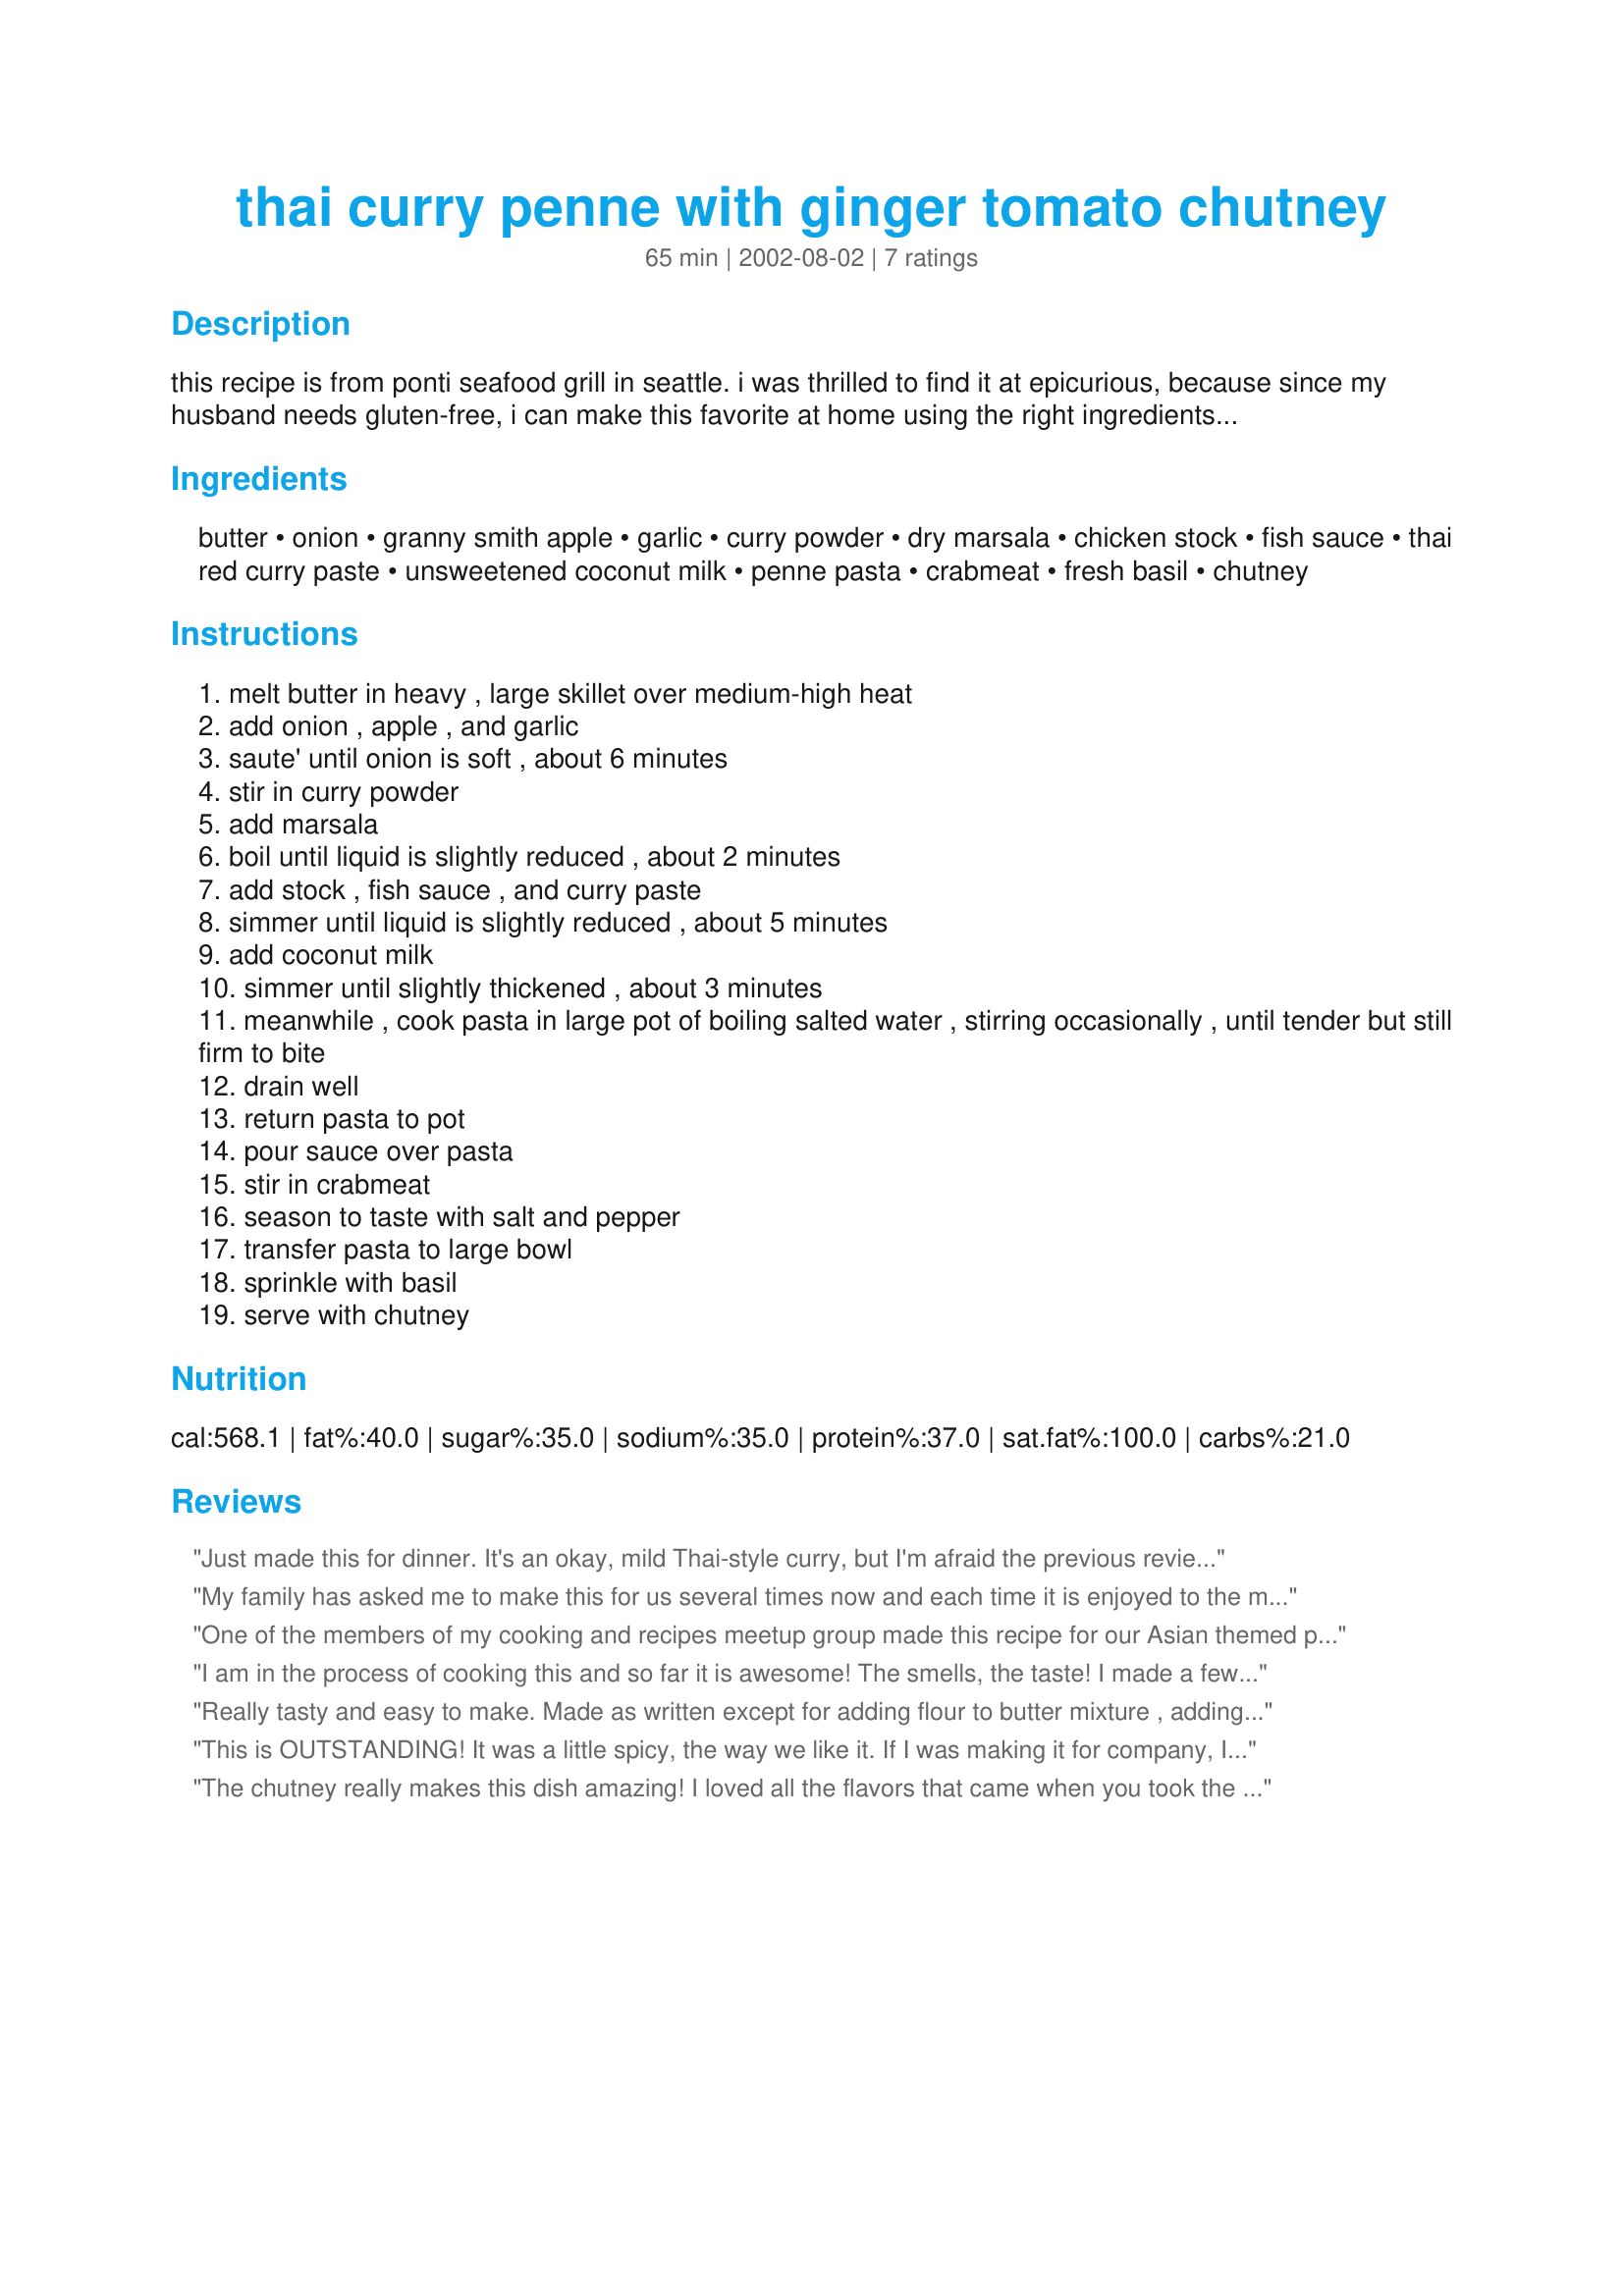
thai curry penne with ginger tomato chutney
Preparation time: 65 minutes

this recipe is from ponti seafood grill in seattle. i was thrilled to find it at epicurious, because since my husband needs gluten-free, i can make this favorite at home using the right ingredients. i didn't change a thing on this recipe, but we like ours hot! time includes time for the chutney.

Ingredients:
butter, onion, granny smith apple, garlic, curry powder, dry marsala, chicken stock, fish sauce, thai red curry paste, unsweetened coconut milk, penne pasta, crabmeat, fresh basil, chutney

Steps:
melt butter in heavy , large skillet over medium-high heat
add onion , apple , and garlic
saute' until onion is soft , about 6 minutes
stir in curry powder
add marsala
boil until liquid is slightly reduced , about 2 minutes
add stock , fish sauce , and curry paste
simmer until liquid is slightly reduced , about 5 minutes
add coconut milk
simmer until slightly thickened , about 3 minutes
meanwhile , cook pasta in large pot of boiling salted water , stirring occasionally , until tender but still firm to bite
drain well
return pasta to pot
pour sauce over pasta
stir in crabmeat
season to taste with salt and pepper
transfer pasta to large bowl
sprinkle with basil
serve with chutney

Reviews:
Just made this for dinner. It's an okay, mild Thai-style curry, but I'm afraid the previous reviews might have raised my expectations too much to be really blown away by it. It's quite sweet with just a hint of heat from the red curry paste. The chutney is completely necessary. I just wouldn't have enough flavor without it. After tasting, I ended up adding some kaffir lime leaves and a little tom yum kha paste to punch it up a little. This actually makes quite a bit of sauce. I doubled the recipe so I could cover a pound of pasta, but it would have been enough as written - unless you like your pasta swimming, that is.
My family has asked me to make this for us several times now and each time it is enjoyed to the max! We love everything about this recipe and it has fast become one of our favorite Thai meals thus far!
One of the members of my cooking and recipes meetup group made this recipe for our Asian themed party this past weekend, and I have to tell you it was scrumptious... Just enough heat to make it interesting but there was enough sweetness to make it truly sensational... Thanks so much for sharing this OUTSTANDING recipe with us Ginny! I'm in hope by bumping this up that more people will try it. It is a SENSATIONAL dish!!!
I am in the process of cooking this and so far it is awesome! The smells, the taste! I made a few changes, I added sweet rice flour with the apples, onions and garlic so it would create a roux, then the curry, then added white wine (no marsala on hand and some leftover wine in the fridge), then continued. I had read in one of the reviews about the color, so i added a little tumeric and a few threads of saffron. I also added a little sugar after tasting it and it being a little bit bitter. I added heaping spoonfuls of both the curry and the curry paste. After adding the coconut milk and letting it simmer for a bit, I pureed the sauce up with my immersion blender. Then i added some scallops and shrimp i sauteed before hand in butter and garlic and ginger.
I also used rice pasta since i am wheat intolerant. Am just getting ready to serve this to hubby with the chutney which tasted awesome too! I cant wait to taste it all together!
Great recipie! thanks Ginny!
Really tasty and easy to make. Made as written except for adding flour to butter mixture , adding 1/4 cup pasta to finish sauce and squirting with fresh lime juice. Used apple ginger chutney. Thanks GinnyP!
This is OUTSTANDING! It was a little spicy, the way we like it. If I was making it for company, I might cut down on the curry paste or use "mild" curry powder (I used "medium") I used prawns instead of crab. I used chicken broth from a carton, so I combined 3/4 cup white wine (instead of marsala) and 1 1/2 cups of chicken broth. I poached the prawns in this liquid, then removed them and reduced the liquid to 1 1/2 cups. I think this added an extra dimension to the sauce. From reviews on Epicurious I decided to thicken the sauce by adding a couple of tablespoons of flour to the butter (except I used corn oil), onion, and apple mixture to make a roux before I added the wine/broth mixture. The ginger-tomato curry I made just as stated and I wouldn't change a thing about it except perhaps to double the recipe because it was so sensational. I have never had a "condiment" with pasta, but this just added a really interesting and delicious touch. I love this recipe, I would have been really happy and impressed to have been served this is a fancy restaurant. Thanks so much for posting it Ginny, you have a real winner here.
The chutney really makes this dish amazing! I loved all the flavors that came when you took the first bite. I don't remember when I have been so pleased with a dish as I was with this one when I got compliments from everyone eating!
